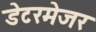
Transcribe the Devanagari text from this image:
डेटरमेजर